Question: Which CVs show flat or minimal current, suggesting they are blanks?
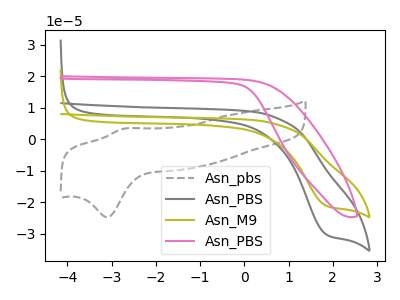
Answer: <think>The gray dashed curve "Asn_pbs" has an anodic peak at (-2.75V, 3.25uA) and a cathodic peak at (-3.10V, -24.75uA). The gray curve "Asn_PBS" has a cathodic peak at: (1.85V, -30.25uA). The olive curve "Asn_M9" has a cathodic peak at: (1.85V, -21.15uA). The pink curve "Asn_PBS" has no peaks.</think>
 <answer>"Asn_PBS" is likely to be a blank.</answer>
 <eval>Asn_PBS</eval>